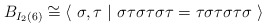
\begin{align*} B_{I_2(6)}\cong \langle \ \sigma, \tau \ \vert \ \sigma\tau\sigma\tau\sigma\tau=\tau\sigma\tau\sigma\tau\sigma \ \rangle\end{align*}